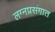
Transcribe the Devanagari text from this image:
लग्नप्रसंगात